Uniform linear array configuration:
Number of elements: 64
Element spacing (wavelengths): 0.75
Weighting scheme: exponential
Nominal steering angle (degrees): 30
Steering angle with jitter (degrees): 29.283
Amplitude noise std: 0.05
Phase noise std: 0.05

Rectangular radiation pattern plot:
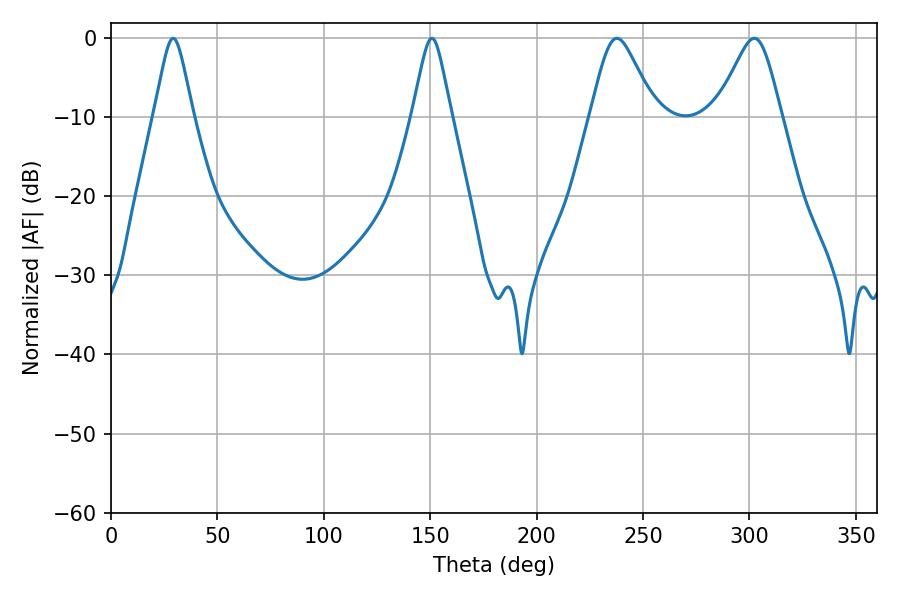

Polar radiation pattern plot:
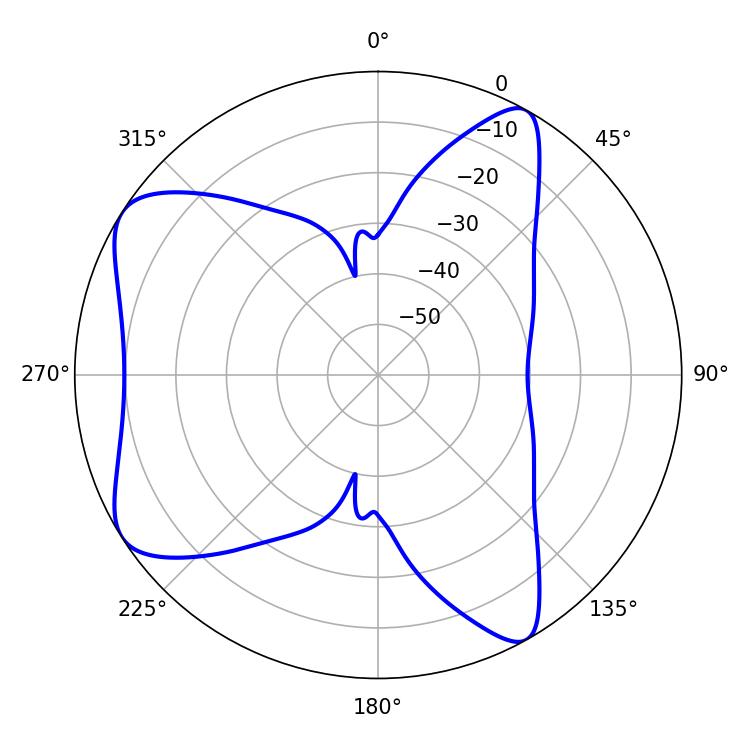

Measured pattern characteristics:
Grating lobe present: TRUE
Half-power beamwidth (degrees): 14.58
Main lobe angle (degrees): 237.78